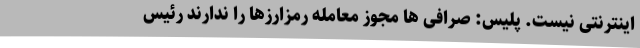
اینترنتی نیست. پلیس: صرافی‌ ها مجوز معامله رمزارزها را ندارند رئیس